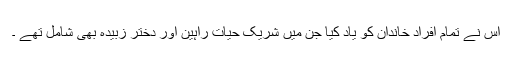
اس نے تمام افراد خاندان کو یاد کیا جن میں شریک حیات راہین اور دختر زبیدہ بھی شامل تھے ۔